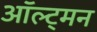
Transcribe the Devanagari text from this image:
ऑल्ट्मन